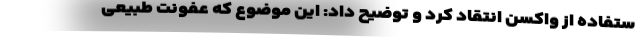
ستفاده از واکسن انتقاد کرد و توضیح داد: این موضوع که عفونت طبیعی